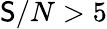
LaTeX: \mathsf{S}/N>5